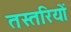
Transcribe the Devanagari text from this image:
तस्तरियों